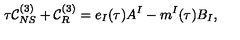
\tau { \cal C } _ { N S } ^ { ( 3 ) } + { \cal C } _ { R } ^ { ( 3 ) } = e _ { I } ( \tau ) A ^ { I } - m ^ { I } ( \tau ) B _ { I } ,